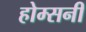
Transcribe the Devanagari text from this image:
होम्सनी